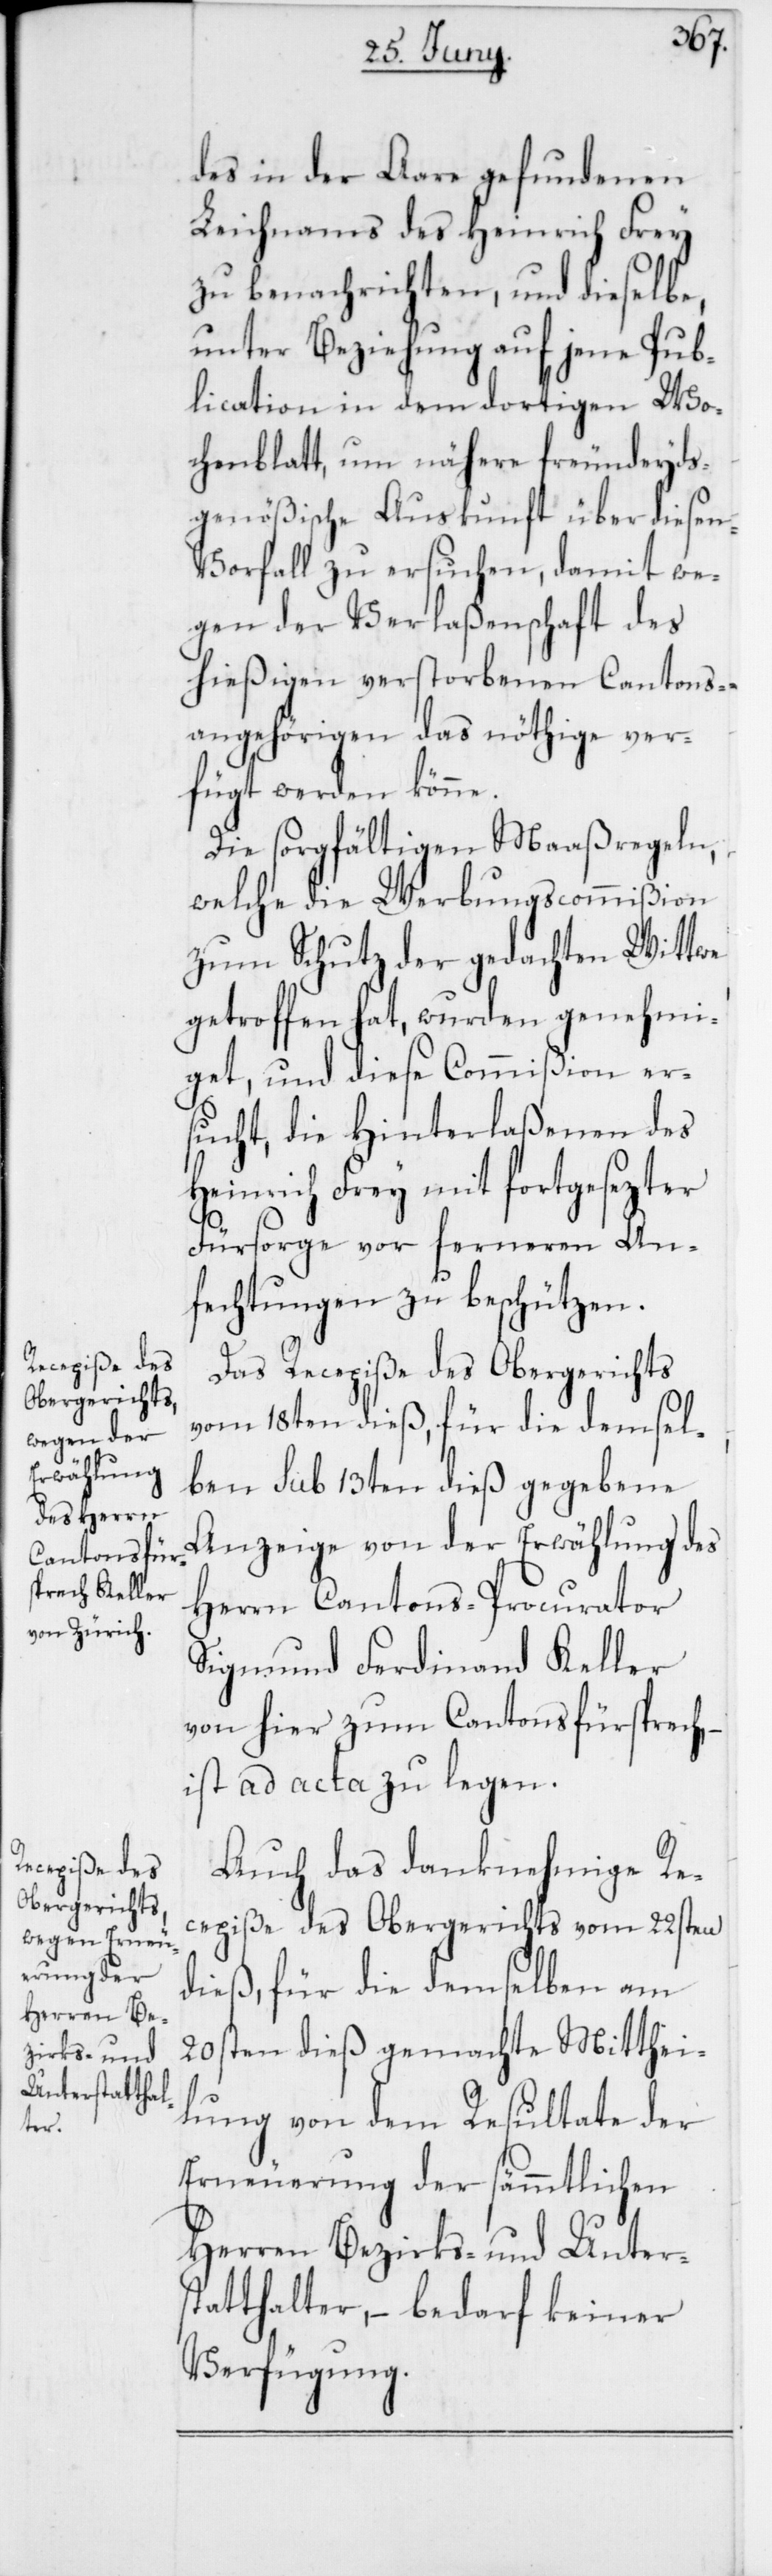
des in der Aare gefundenen
Leichnams des Heinrich Frey
zu benachrichten, und dieselbe,
unter Beziehung auf jene Pub¬
lication in dem dortigen Wo¬
chenblatt, um nähere freundeyds¬
genößische Auskunft über diesen
Vorfall zu ersuchen, damit we¬
gen der Verlaßenschaft des
hießigen verstorbenen Cantons¬
angehörigen das nöthige ver¬
fügt werden könne.
Die sorgfältigen Maaßregeln,
welche die Werbungscommißion
zum Schutz der gedachten Wittwe
getroffen hat, wurden genehmi¬
get, und diese Commißion er¬
sucht, die Hinterlaßenen des
Heinrich Frey mit fortgesezter
Fürsorge vor ferneren An¬
fechtungen zu beschützen.
Das Recepiße des Obergerichts
vom 18ten dieß, für die demsel¬
ben sub 13ten dieß gegebene
Anzeige von der Erwählung des
Herrn Cantons-Procurator
Sigmund Ferdinand Keller
von hier zum Cantonsfürsprech,
ist ad acta zu legen.
Auch das danknehmige Re¬
cepiße des Obergerichts vom 22sten
dieß, für die demselben am
20sten dieß gemachte Mitthei¬
lung von dem Resultate der
Erneuerung der sämmtlichen
Herren Bezirks- und Unter¬
statthalter, – bedarf keiner
Verfügung.